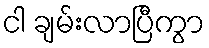
ငါ ချမ်းလာပြီကွာ